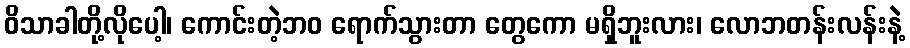
ဝိသာခါတို့လိုပေါ့၊ ကောင်းတဲ့ဘဝ ရောက်သွားတာ တွေကော မရှိဘူးလား၊ လောဘတန်းလန်းနဲ့